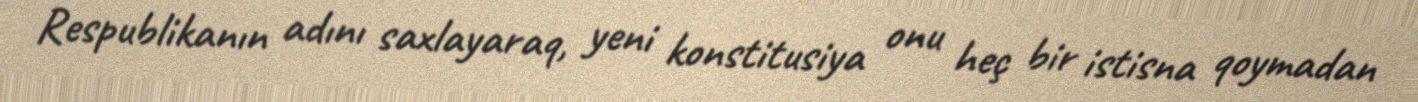
Respublikanın adını saxlayaraq, yeni konstitusiya onu heç bir istisna qoymadan